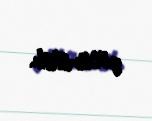
götürülüb.